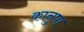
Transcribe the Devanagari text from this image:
कानुपा